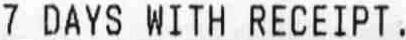
7 DAYS WITH RECEIPT.